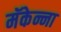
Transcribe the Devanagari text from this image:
मॅकेन्ना